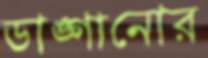
ডাঙ্গানোর